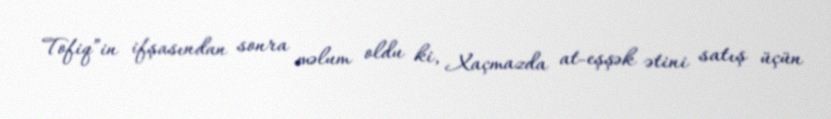
Tofiq”in ifşasından sonra məlum oldu ki, Xaçmazda at-eşşək ətini satış üçün